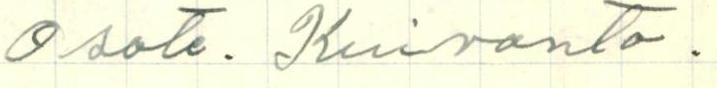
Osote. Kuivanto.